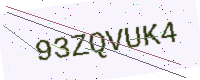
Text: 93ZQVUK4